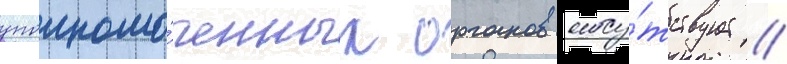
уполномо́ченных органов отсу́тствует //